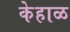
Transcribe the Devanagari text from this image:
केहाळ